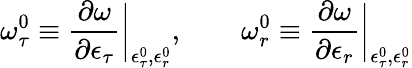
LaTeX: \omega_{\tau}^{0}\equiv\frac{\partial\omega}{\partial\epsilon_{\tau}}\bigg|_{\epsilon_{\tau}^{0},\epsilon_{r}^{0}},\qquad\omega_{r}^{0}\equiv\frac{\partial\omega}{\partial\epsilon_{r}}\bigg|_{\epsilon_{\tau}^{0},\epsilon_{r}^{0}}